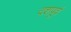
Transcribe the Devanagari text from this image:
दशपूर्व